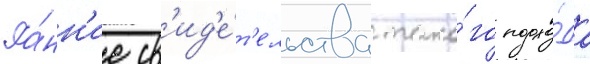
Ра́нн'ие св'ид'е́т'ельства тако́го подхо́да